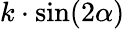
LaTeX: k\cdot\sin(2\alpha)